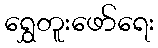
ရွှေတူးဖော်ရေး